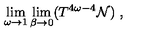
\lim _ { \omega \to 1 } \lim _ { \beta \to 0 } ( T ^ { 4 \omega - 4 } { \cal N } ) \ ,